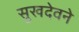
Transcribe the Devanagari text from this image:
सुखदेवने